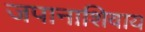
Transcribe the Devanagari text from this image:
जपानाशिवाय